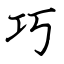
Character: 巧